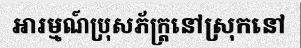
អារម្មណ៍ប្រុសភ័ក្ត្រនៅស្រុកនៅ